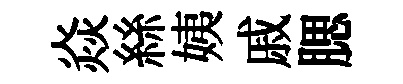
焱絲姨戚腮